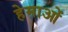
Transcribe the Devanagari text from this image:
हेमाओं